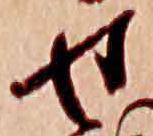
せ